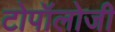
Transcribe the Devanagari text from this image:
टोपॉलोजी